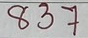
837